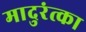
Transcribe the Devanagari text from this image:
मादुरंत्का